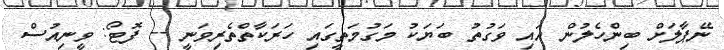
ނޭޕާލަށް ބިންހެލުން އައި ވަގުތު ބަޔަކު މަގުމަތީގައި ހަރަކާތްތެރިވަނީ -- ފޮޓޯ: ވީނިއުސް